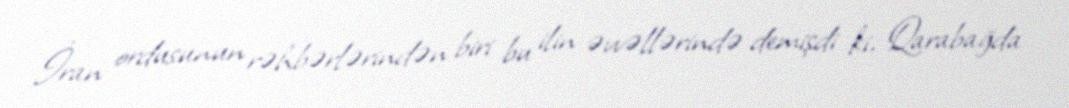
İran ordusunun rəhbərlərindən biri bu ilin əvvəllərində demişdi ki, Qarabağda